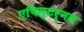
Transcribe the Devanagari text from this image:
एपिस्टर्नम